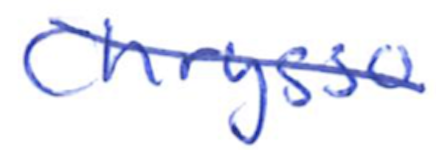
Text: Chrysso
Cross-out: diagonal
Writing tool: ballpoint